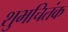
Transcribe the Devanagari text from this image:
शुभचितंक